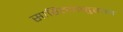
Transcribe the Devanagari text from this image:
साहित्यानुराग